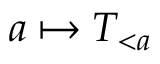
a \mapsto T _ { < a }